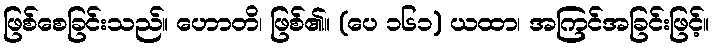
ဖြစ်စေခြင်းသည်။ ဟောတိ၊ ဖြစ်၏။ (ပေ ၁၆၁) ယထာ၊ အကြင်အခြင်းဖြင့်။